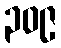
၃၀၉